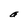
Character: a